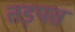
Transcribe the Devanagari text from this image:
तड़पत